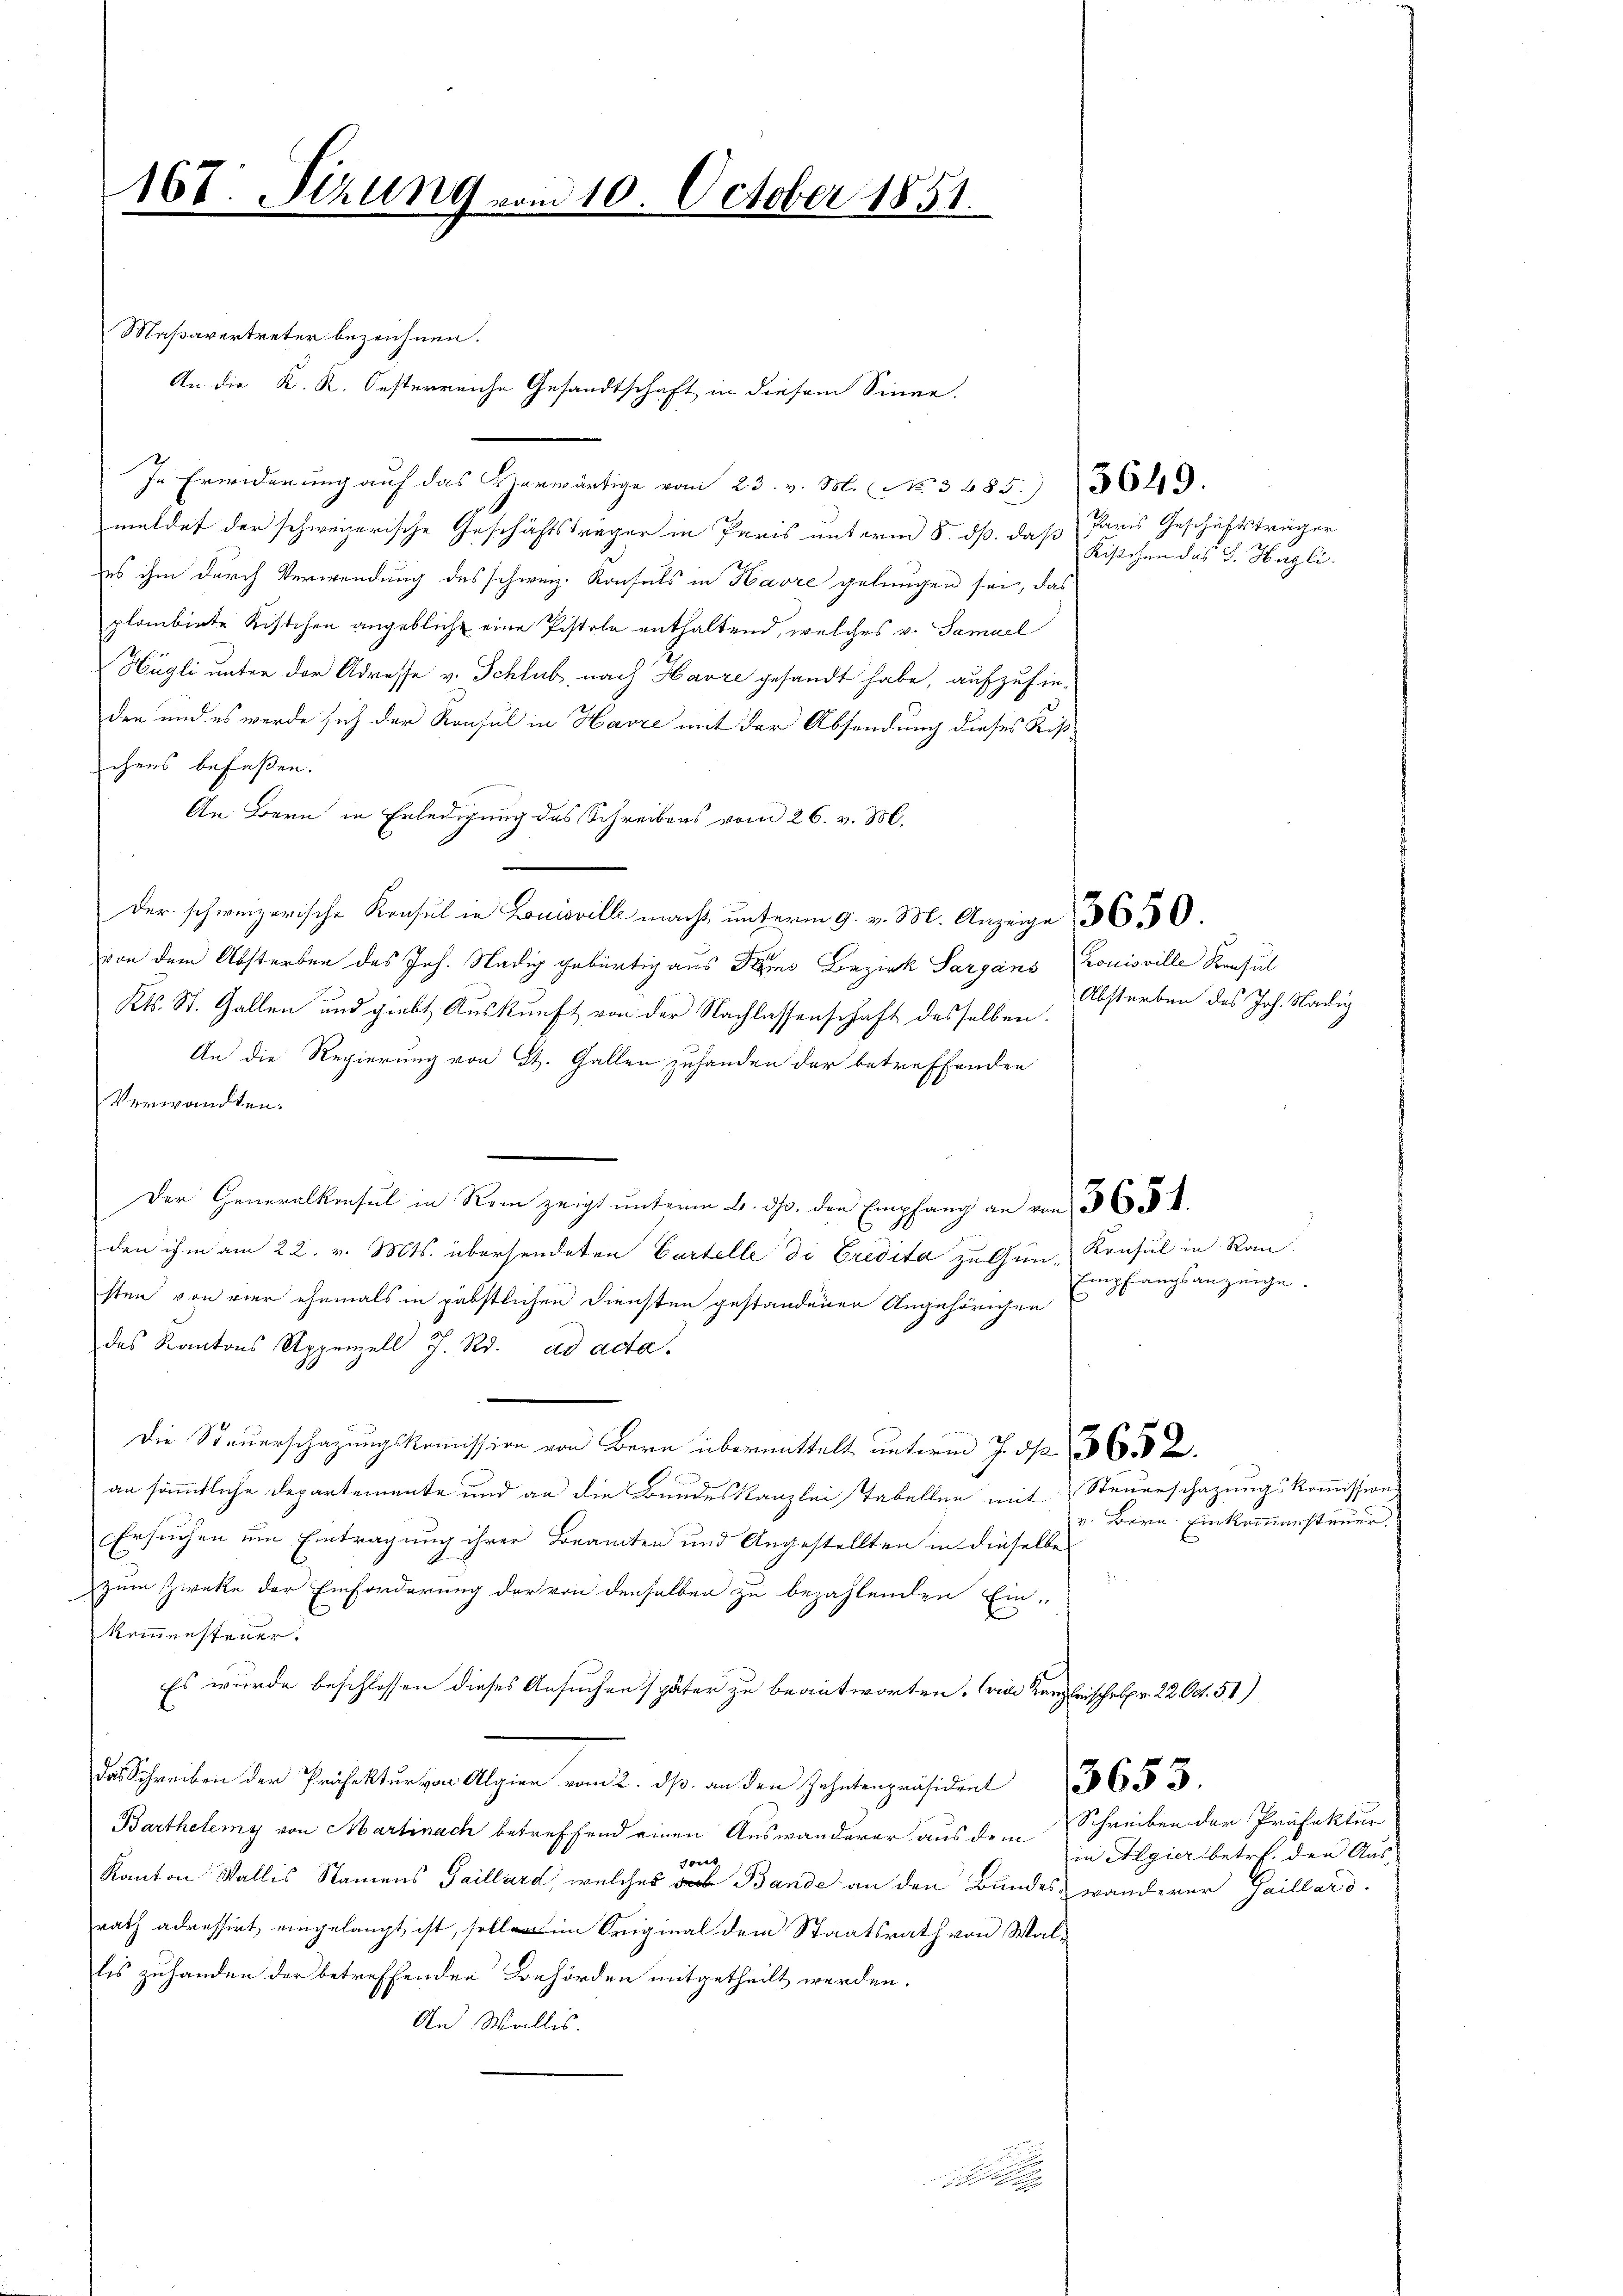
167. Sizung vom 10. October 1851.
.

Maßavertreter bezeichnen.
In Erwiderung auf das Vorwärtige vom 23. v. M. No. 3485. 3649.
meldet der schweizerische Geschäftsträger in Paris unterm 8. dß. daß Paris Geschichtsträger
es ihm durch Verwendung des schweiz. Konsuls in Havre gelungen sei, das
plombirte Kistchen angeblicht eine Pistola enthaltend, welches v. Samuel
Hügli unter der Adresse v. Schlub nach Harre gesandt habe, aufzufinden und es werde sich der Konsul in Havre mit der Absendung dieses Riß
chens befassen.
An Bern in Erledigung des Schreibens vom 26. v. M.
der schweizerische Konsul in Louisville macht unterm 9. v. M. Anzeige 365.
von dem Absterben des Joh. Nädig gebürtig aus dem Bezirk Sargans rouisville Konsul
Kts. St. Gallen und giebt Auskunft von der Nachlassenschaft desselben.
An die Regierung von St. Gallen zuhanden der betreffenden
Verwandten.
Der Generalkonsul in Rom zeigt unterm 6. ds. den Empfang an von 3
den ihm am 22. v. Mts. übersendeten Cartelle di Credita zu Gun- Konsul in Ran
sten von vier ehemals in päbstlichen Diensten gestandenen Angehörigen
des Kantons Appenzell J. R. ad acta.
.
Die Steuerschazungskommission von Bern übermittelt unterm J. d
9
an sämmtliche Departemente und an die Bundeskanzlei Tabellen mit Steuerschazungskommissions
Ersuchen um Eintragung ihrer Beamten und Angestellten in dieselbe
zum Zieke der Einforderung der von denselben zu bezahlenden Ein-
kommensteuer.
Es wurde beschlossen dieses Ansuchen später zu beantworten. Die Kanzleischel v. 22. Oct. 51)
.
Barthelemy von Martinach betreffend einen Auswanderer aus dem Schreiben der Präfektur
Kanton Wallis Namens Saillard, welches der Bande an den Bundes, wanderer Gaillard-
rath adressirt eingelangt ist, soll im Original dem Staatsrath von Wallis zuhanden der betreffenden Konhörden mitgetheilt werden.
An Wallis.

An die K. K. Oesterreiche Gesandtschaft in diesem Sinne.

Kistchen des G. Hagli

Absterben des Joh. Nädig¬

Empfangsanzeige.

v. Bern. Einkommensteuer.

in Algier betr. den Aus-